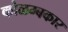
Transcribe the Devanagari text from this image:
कोळम्बकार